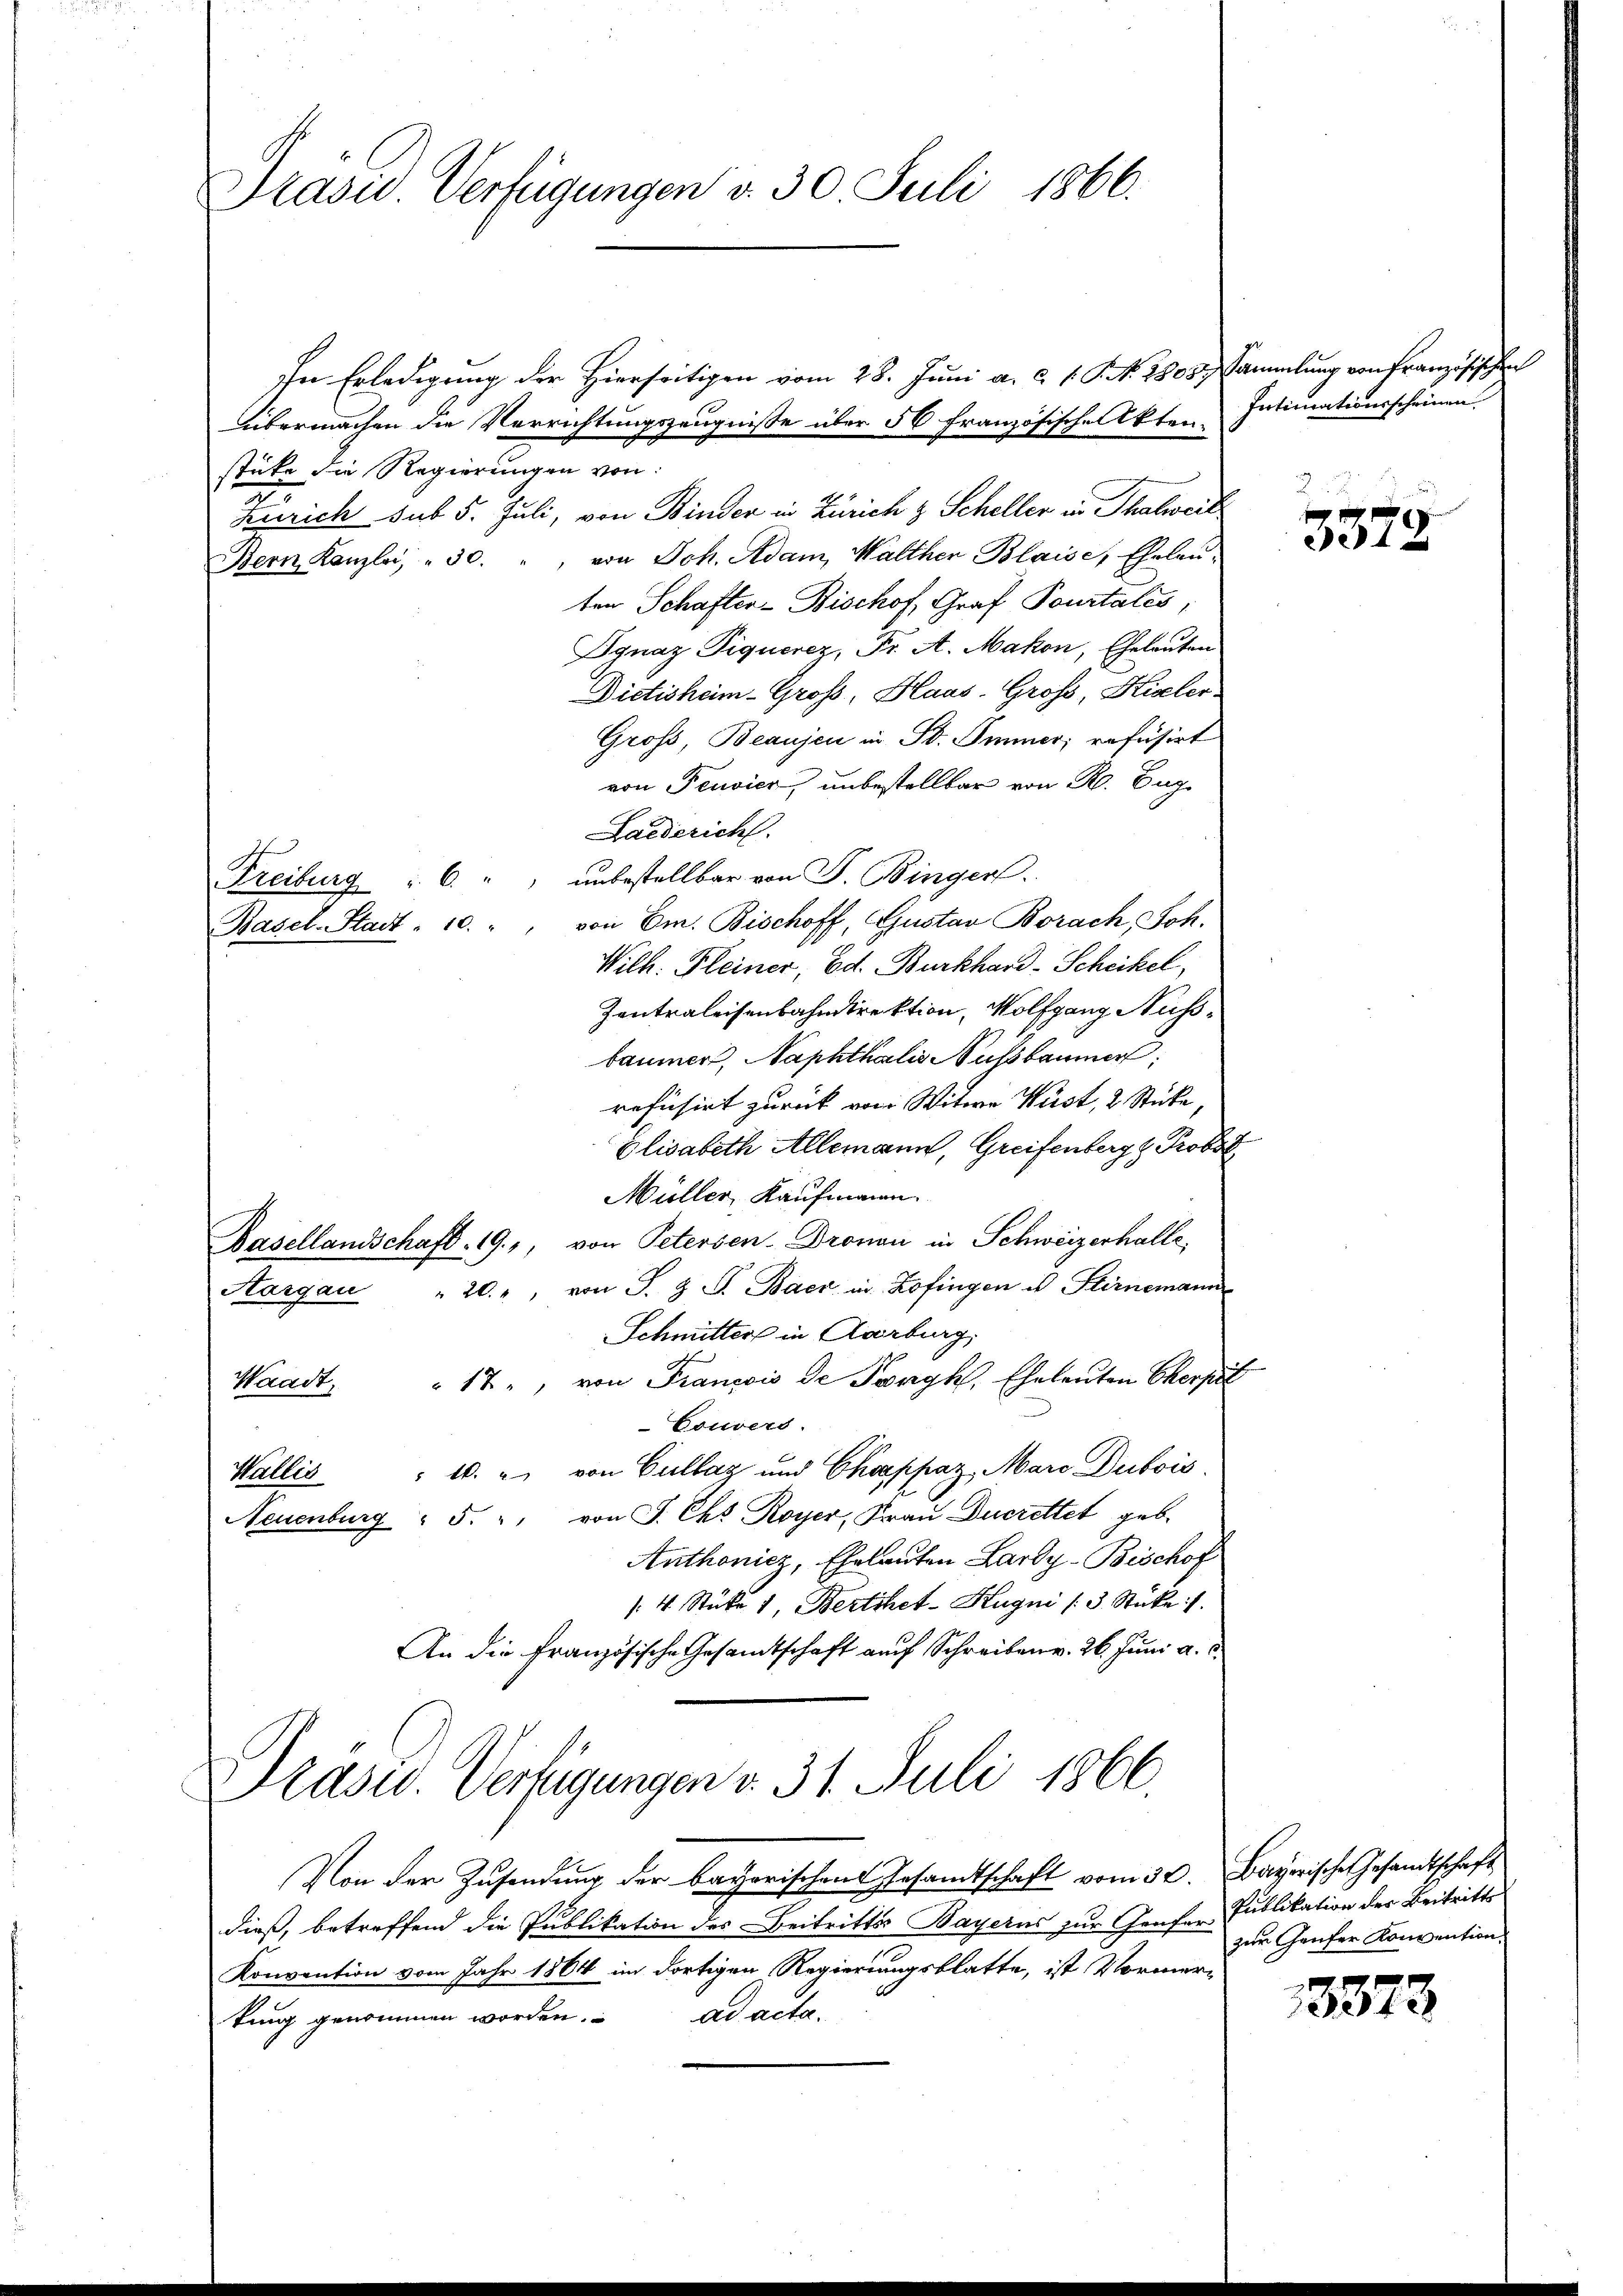
Prasid. Verfügungen d. 30. Juli 1866.

In Erledigung der Hierseitigen vom 28. Juni a. c. 1. P. N. 2805. Sammlung von Französischen
übermachen die Verrichtungszeugnisse über 56 französische Akten Intimationsscheinen
stüke die Regierungen von
Zürich sub 5. Juli, von Binder in Zürich & Scheller in Thalweil
von Joh. Adam Walther Blaise, Eheleu¬
Bern Kanzlei, " 30.
ten Schafter-Bischof, Graf Pourtalis,
Ignaz Piquerez, Pr. A. Makon, Eheleuten
Dictisheim Gross, Haas-Gros, Hiseler
Groß, Beaujen in Bd. Immer, refüsirt
von Pensier, unbestellbar von R. Eug
Laiderich.
Freiburg u. 6. " " unbestellbar von P. Binger.
Rasel-Stadt - 10. ", von Em. Bischoff, Gustav Borach, Joh.
Wilh. Kleiner, Ed. Burkhard-Scheikel,
Zentraleisenbahndirektion, Wolfgang Nussbaumer, Naphthalis Nussbaumer
refusirt zurück von Witwe Wust, 2 Sticke,
Elisabeth Allemann, Greifenberg z. Profes
Müller, Kaufmann.
Basellandschaft . 19., von Petersen-Dronau in Schweizerhalle,
"20., von J. Z. G. Baer in Zofingen es Stirnemann
Aargau
Schnütter in Averburg,
17., von Francois de Ponyk, Eheleuten Cherpet
Waadt,
Couvers.
1. " von Gullaz und Chappaz, Maro Dubois
Wallis
Neuenburg " 5. " " von J. Chs Royer, Frau Ducrettet geb.
Anthonicz, Ehrlauten Lardy-Bischof
/4 Stüke 1, Bertiket-Hugni /: 3. Stüke :/
An die Französische Gesandtschaft auf Schreiben v. 26. Juni a. c.

Präsid. Verfügungen v. 31. Juli 1866.

Von der Zusendung der bayerischen Gesandtschaft vom 30. Bayerische Gesandtschaft
dieß, betreffend die Publikation des Beitrittes Bayerns zur Genfer-Publikation der Beitritts
Konvention vom Jahr 1864 im dortigen Regierungsblatte, ist Vormerad acta.
tung genommen worden.

3372

zŭr Genfer Konvention.

13373